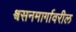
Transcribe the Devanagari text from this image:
श्वसनमार्गावरील